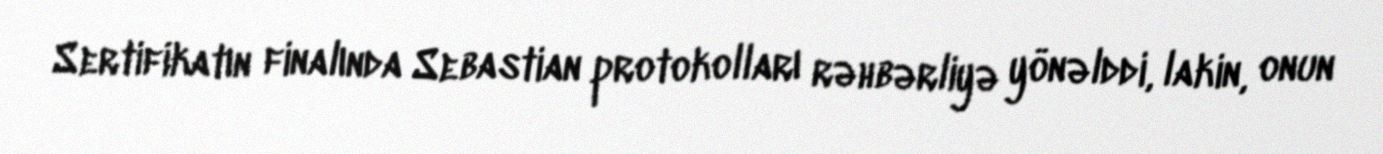
Sertifikatın finalında Sebastian protokolları rəhbərliyə yönəlddi, lakin, onun